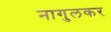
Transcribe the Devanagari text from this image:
नागुलकर